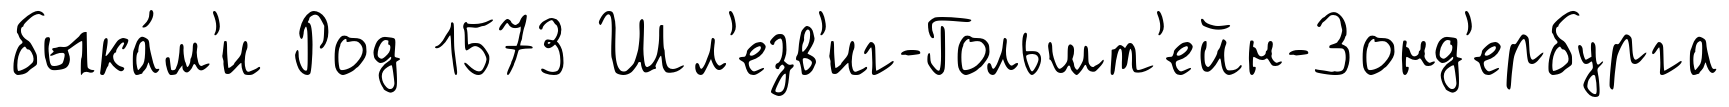
быка́м'и Род 1573 Шл'езв'иг-Гольшт'ейн-Зонд'ербурга